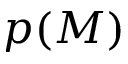
p ( M )